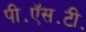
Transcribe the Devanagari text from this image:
पी॰ऍस॰टी॰